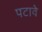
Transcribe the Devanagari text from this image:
पटावे